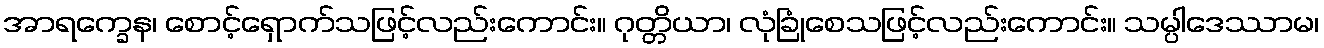
အာရက္ခေန၊ စောင့်ရှောက်သဖြင့်လည်းကောင်း။ ဂုတ္တိယာ၊ လုံခြုံစေသဖြင့်လည်းကောင်း။ သမ္ပါဒေဿာမ၊